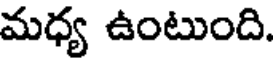
మధ్య ఉంటుంది.